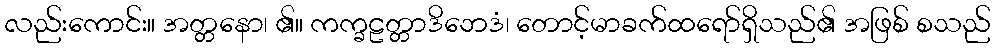
လည်းကောင်း။ အတ္တနော၊ ၏။ ကက္ခဠတ္တာဒိဘေဒံ၊ တောင့်မာခက်ထရော်ရှိသည်၏ အဖြစ် စသည်